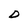
Character: D